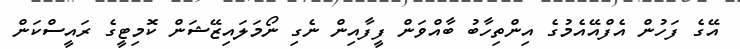
އޭގެ ފަހުން އެފްއޭއެމުގެ އިންތިހާބު ބާއްވަން ފީފާއިން ނެގި ނޯމަލައިޒޭޝަން ކޮމިޓީގެ ރައީސްކަން